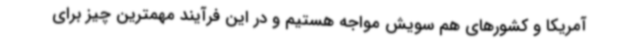
آمریکا و کشورهای هم سویش مواجه هستیم و در این فرآیند مهمترین چیز برای